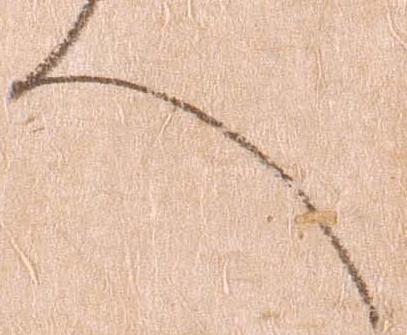
へ